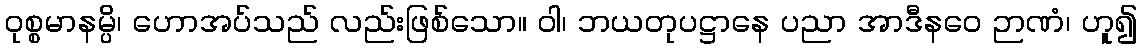
ဝုစ္စမာနမ္ပိ၊ ဟောအပ်သည် လည်းဖြစ်သော။ ဝါ၊ ဘယတုပဋ္ဌာနေ ပညာ အာဒီနဝေ ဉာဏံ၊ ဟူ၍